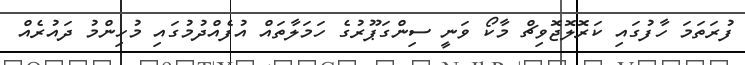
ފުރަތަމަ ހާފުގައި ކަރޮލޮޖޮވިޗް މާކޯ ވަނީ ސިންގަޕޫރުގެ ހަމަލާތައް އުފެއްދުމުގައި މުހިންމު ދައުރެއް